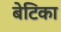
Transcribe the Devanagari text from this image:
बेटिका